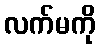
လက်မကို